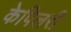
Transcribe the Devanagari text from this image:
केपिलरी